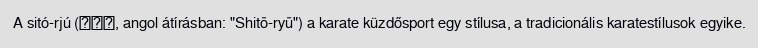
A sitó-rjú (糸東流, angol átírásban: "Shitō-ryū") a karate küzdősport egy stílusa, a tradicionális karatestílusok egyike.